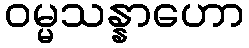
ဝမ္မသန္နာဟော